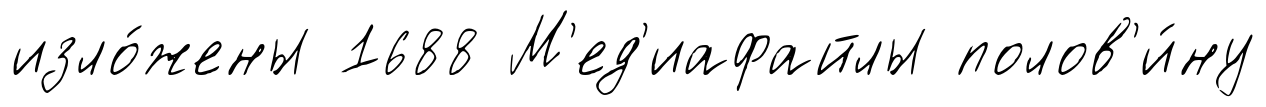
изло́жены 1688 М'ед'иафайлы полов'и́ну